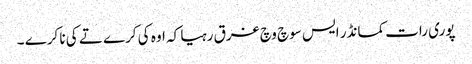
پوری رات کمانڈر ایس سوچ وچ غرق رہیا کہ اوہ کی کرے تے کی نا کرے ۔